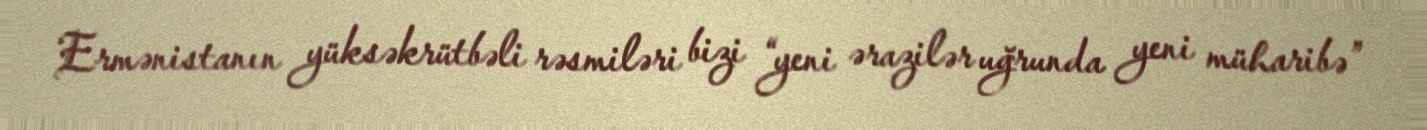
Ermənistanın yüksəkrütbəli rəsmiləri bizi “yeni ərazilər uğrunda yeni müharibə”